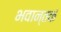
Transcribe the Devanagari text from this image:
भवान्तकं